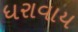
ધરાવાય